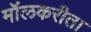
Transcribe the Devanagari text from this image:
मॉलकरीता